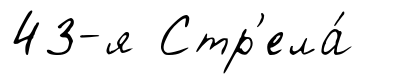
43-я Стр'ела́